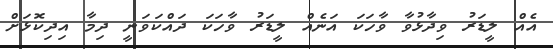
އެއް ލީޑަރު ވިދާޅުވާ ވާހަކަ އަނެއް ލީޑަރު ވާހަކަ ދައްކަވަނީ ދިމާ އިދިކޮޅަށް